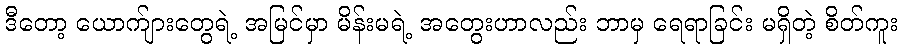
ဒီတော့ ယောက်ျားတွေရဲ့ အမြင်မှာ မိန်းမရဲ့ အတွေးဟာလည်း ဘာမှ ရေရာခြင်း မရှိတဲ့ စိတ်ကူး